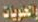
والحلويات